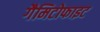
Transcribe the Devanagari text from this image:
गैमिटोफाइट